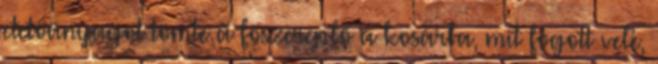
etetőanyagot tömte a főszereplő a kosárba, mit fogott vele,